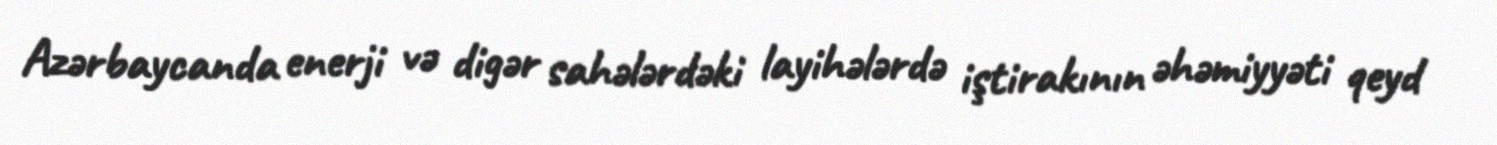
Azərbaycanda enerji və digər sahələrdəki layihələrdə iştirakının əhəmiyyəti qeyd